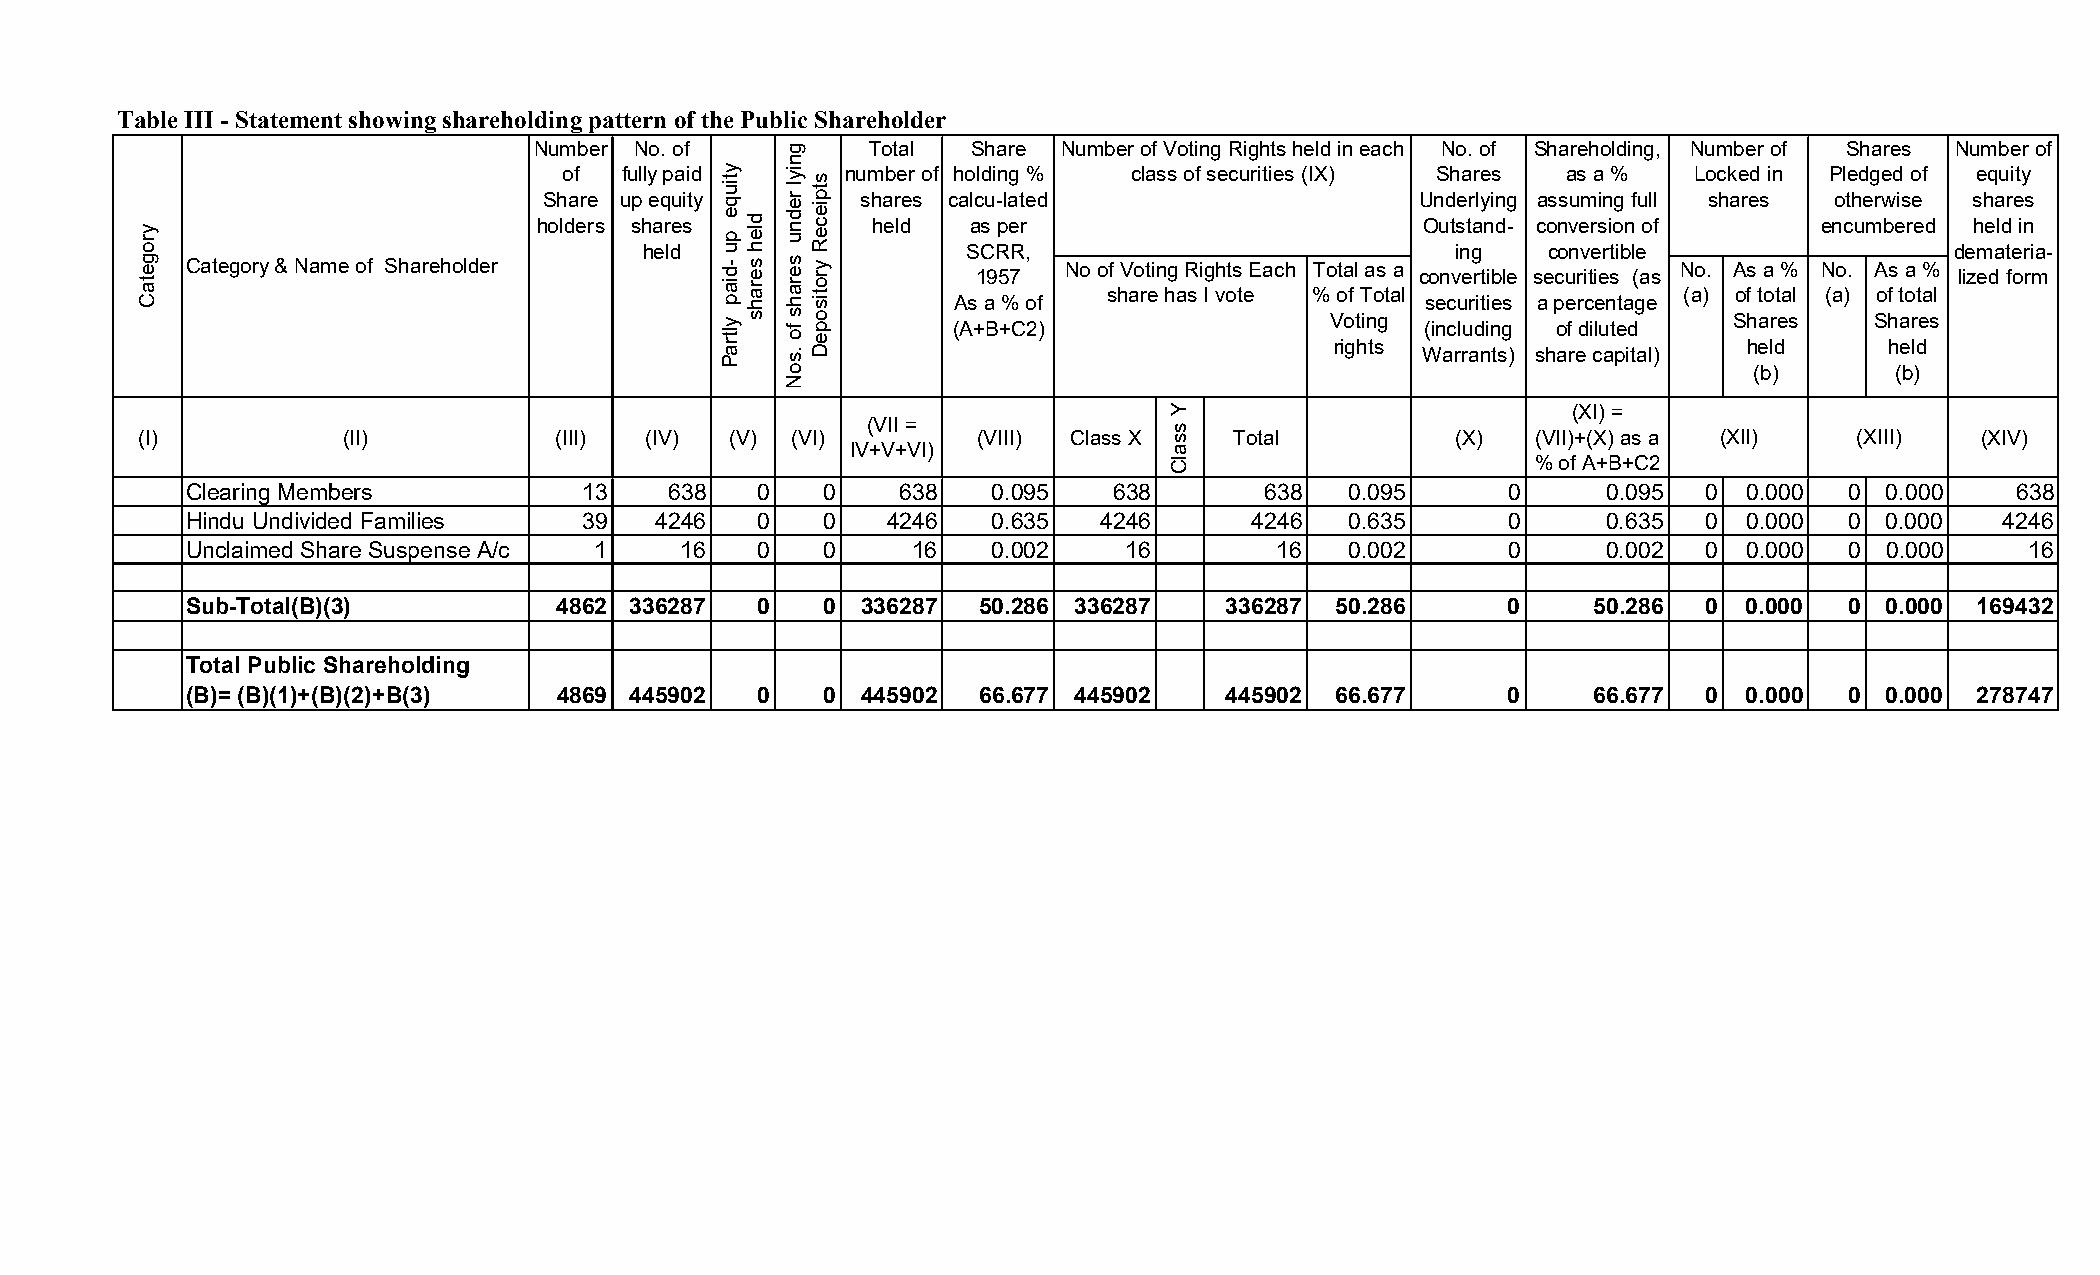
Table III - Statement showing shareholding pattern of the Public Shareholder
 Number No. of          Total Share Number of Voting Rights held in each No. of Shareholding, Number of Shares Number of
 of  fully paid     number of holding % class of securities (IX) Shares as a % Locked in Pledged of equity
 Share up equity      shares calcu-lated                   Underlying assuming full shares otherwise shares
 holders shares        held  as per                        Outstand- conversion of    encumbered held in
 held                 SCRR,                           ing   convertible                demateria-
 Category & Name of Shareholder                             No of Voting Rights Each Total as a     No. A s a % No. A s a %
 1957                         convertible securities (as          lized form
 share has I vote % of Total           (a) of total (a) of total
 As a % of                      securities a percentage
 Voting                     Shares   Shares (A+B+C2) (including of diluted
 rights                      held     held
 Warrants) share capital)
 (b)      (b)
 (XI) =
 (VII =
 (I)           (II)          (III) (IV) (V) (VI)         (VIII) Class X   Total         (X)   (VII)+(X) as a (XII) (XIII)  (XIV)
 IV+V+VI)
 % of A+B+C2
 Clearing Members           13   638   0    0    638   0.095   638       638  0.095      0     0.095  0  0.000 0  0.000   638
 Hindu Undivided Families   39  4246   0    0   4246   0.635  4246      4246  0.635      0     0.635  0  0.000 0  0.000   4246
 Unclaimed Share Suspense A/c 1   16   0    0    16    0.002    16        16  0.002      0     0.002  0  0.000 0  0.000    16
 Sub-Total(B)(3)          4862 336287  0    0 336287  50.286 336287   336287 50.286      0     50.286 0  0.000 0  0.000 169432
 Total Public Shareholding
 (B)= (B)(1)+(B)(2)+B(3)  4869 445902  0    0 445902  66.677 445902   445902 66.677      0     66.677 0  0.000 0  0.000 278747
 yrogetaC
 ytiuqe
 pu
 -diap
 yltraP
 dleh
 serahs
 gniyl
 rednu
 serahs
 fo
 .soN
 stpieceR
 yrotisopeD
 Y
 ssalC